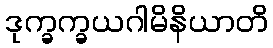
ဒုက္ခက္ခယဂါမိနိယာတိ